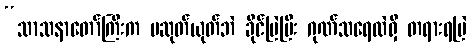
“သာသနာတော်ကြီးက မဆုတ်ယုတ်ဘဲ ခိုင်မြဲပြီး ဂုဏ်သရေလဲရှိ တရားရမြဲ